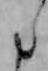
た